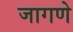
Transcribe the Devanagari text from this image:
जागणे